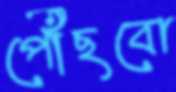
পৌঁছবো